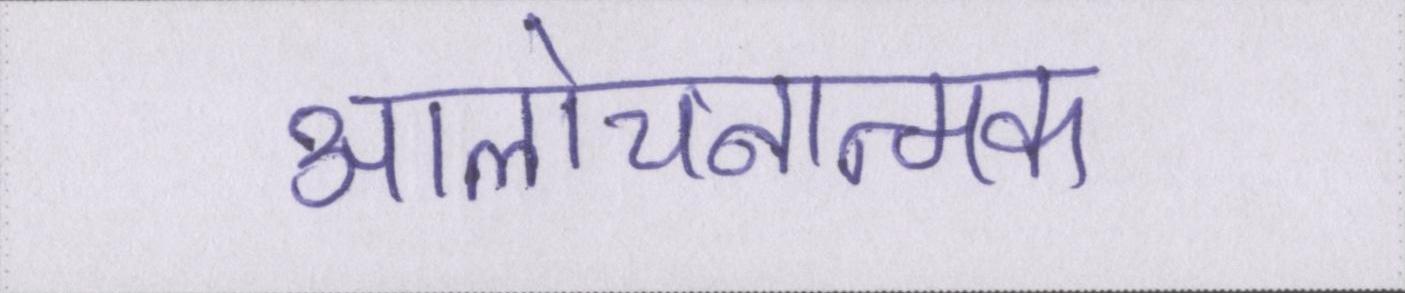
आलोचनात्मक